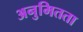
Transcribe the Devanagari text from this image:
अनुमितता